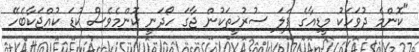
"ކޮންމެ ދުވަހަކު މީޑިއާގެ ފަލަ ސުރުޚީތަކުން ޖާގަ ހޯދަނީ ކޮންމެވެސް ކުޑަ ކުއްޖަކާބެހޭ